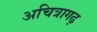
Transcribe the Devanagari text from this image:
अचित्रागढ़